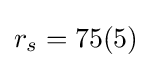
r_{s}=75(5)